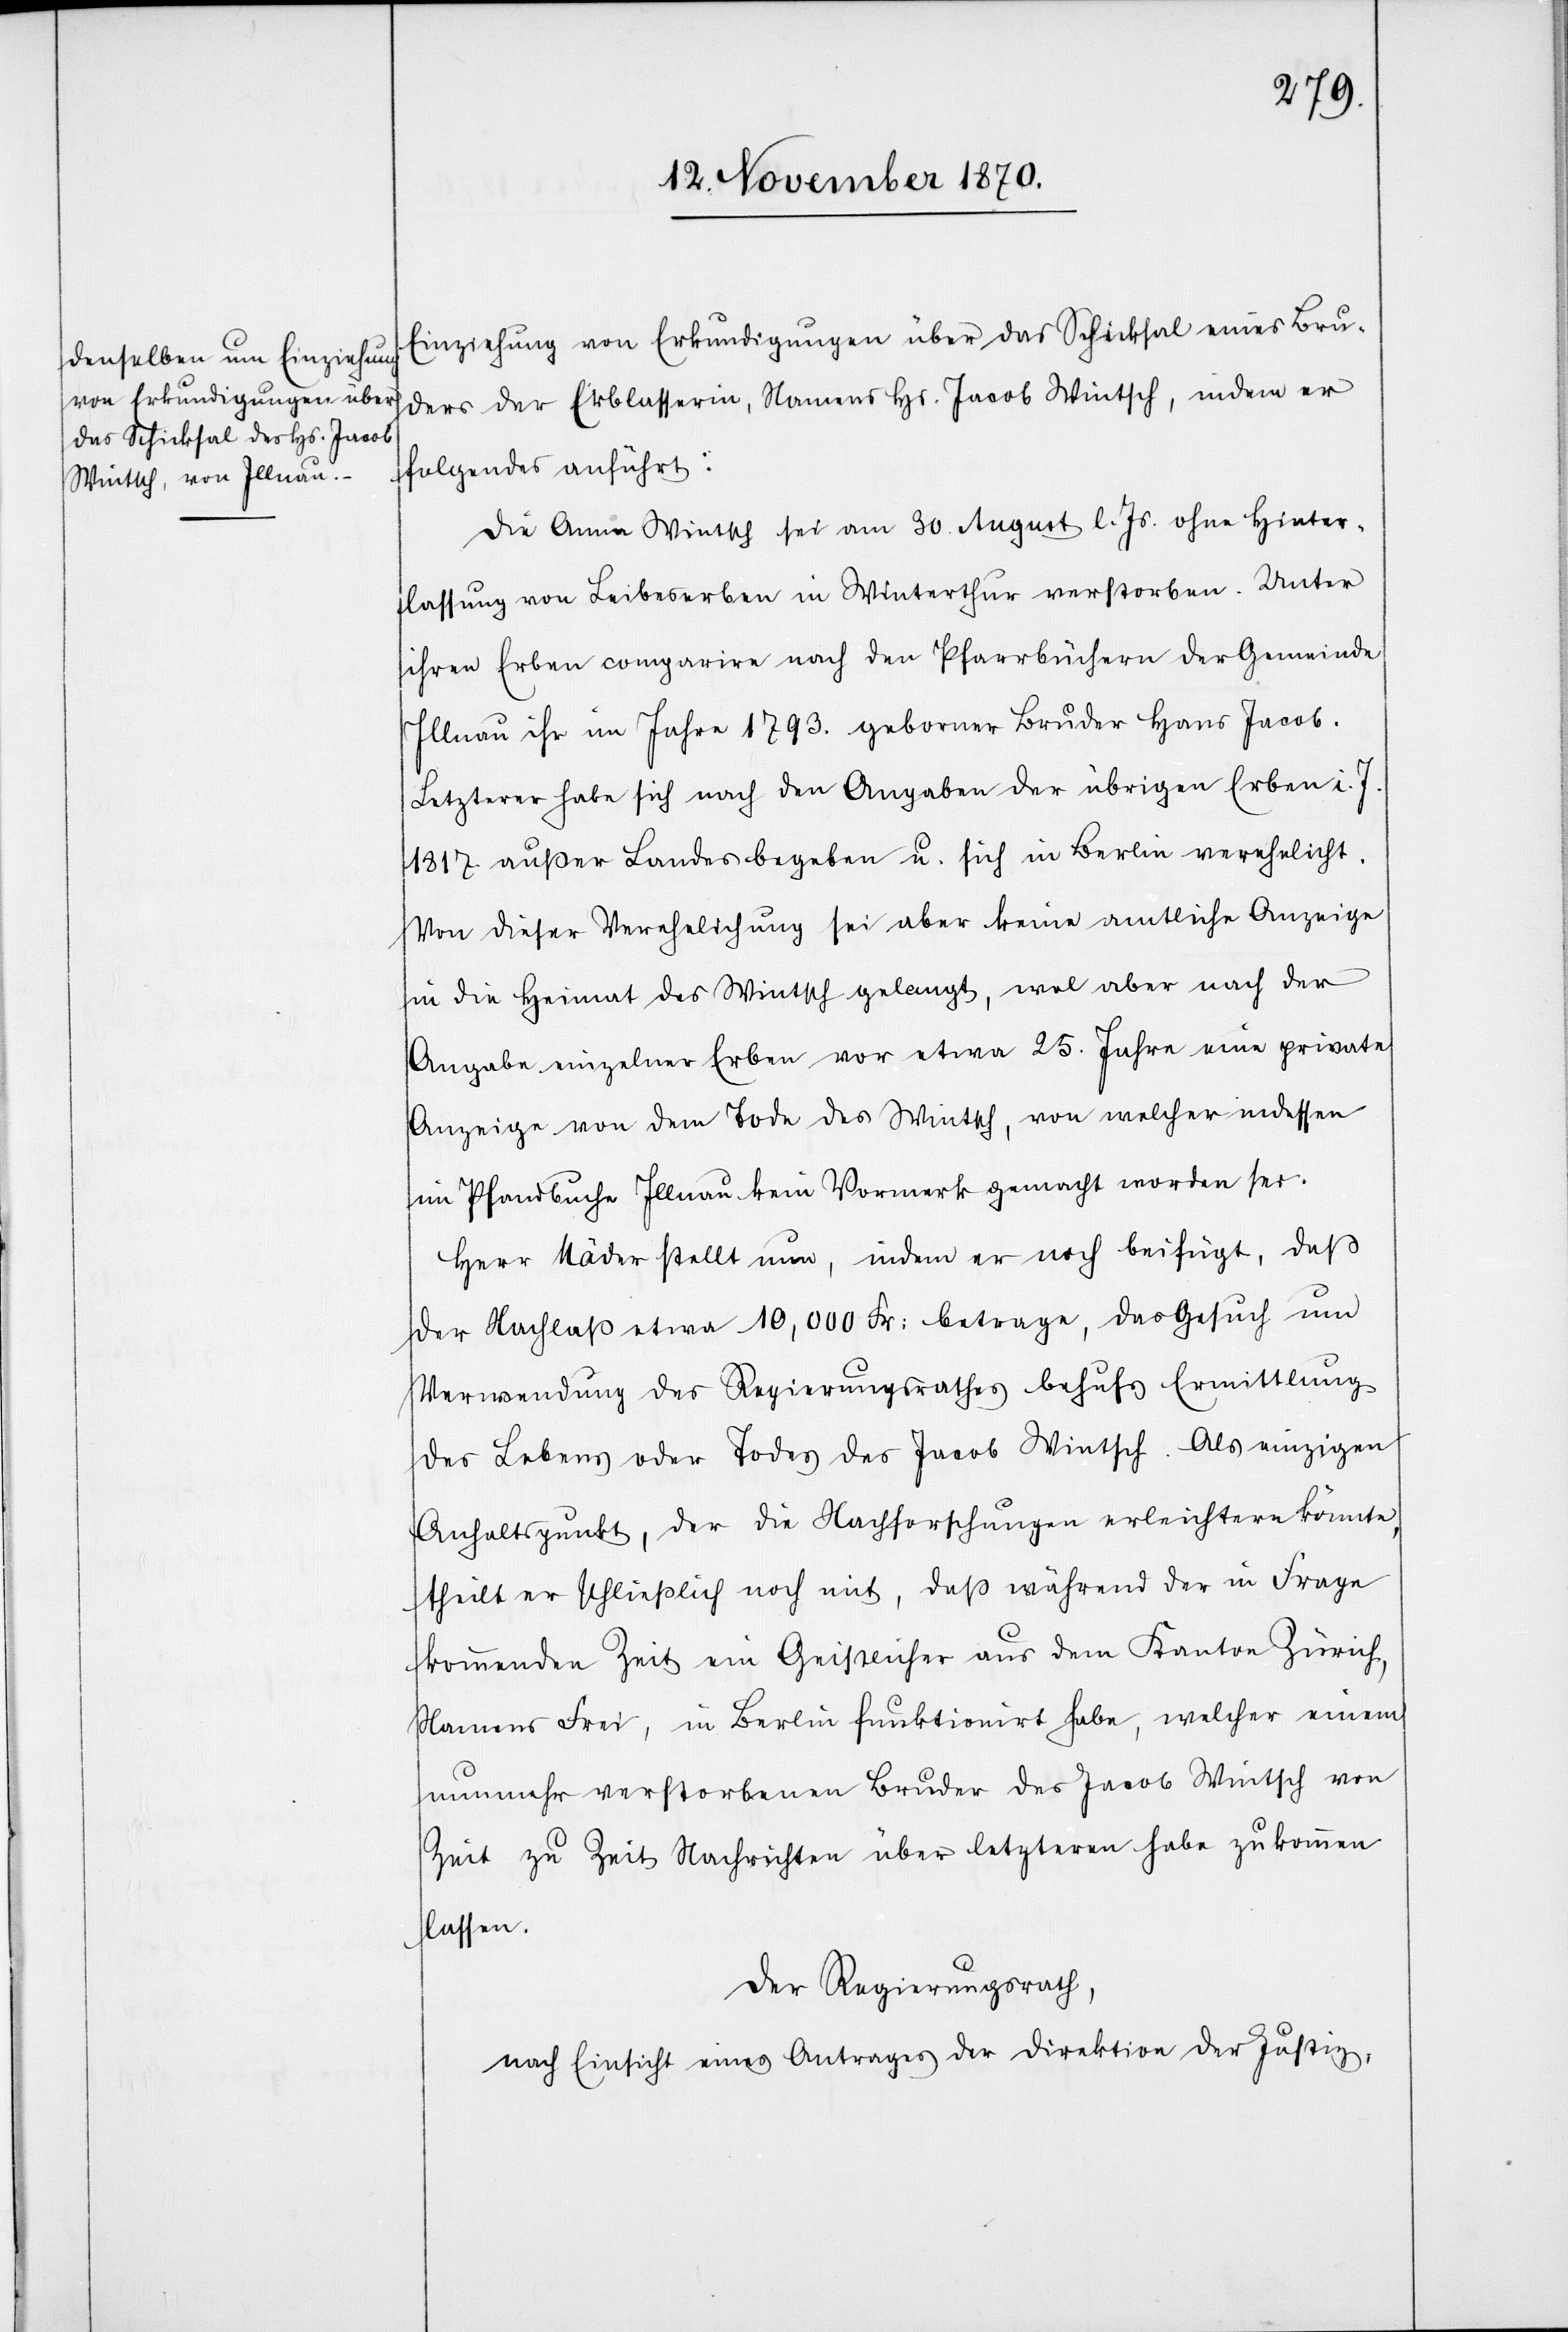
Einziehung von Erkundigungen über das Schicksal eines Bru¬
ders der Erblasserin, Namens Hs. Jacob Wintsch, indem er
folgendes anführt:
Die Anna Wintsch sei am 30. August l. Js. ohne Hinter¬
lassung von Leibeserben in Winterthur verstorben. Unter
ihren Erben comparire nach den Pfarrbüchern der Gemeinde
Illnau ihr im Jahre 1793. geborener Bruder Hans Jacob.
Letzter habe sich nach den Angaben der übrigen Erben i. J.
1817 außer Landes begeben u. sich in Berlin verehelicht.
Von dieser Verehelichung sei aber keine amtliche Anzeige
in die Heimat des Wintsch gelangt, wol aber nach der
Angabe einzelner Erben vor etwa 25. Jahren eine private
Anzeige von dem Tode des Wintsch, von welcher indessen
im Pfarrbuche Illnau kein Vormerk gemacht worden sei.
Herr Mäder stellt nun, indem er noch beifügt, daß
der Nachlaß etwa 10,000 Fr: betrage, das Gesuch um
Verwendung des Regierungsrathes behufs Ermittlung
des Lebens oder Todes des Jacob Wintsch. Als einzigen
Anhaltspunkt, der die Nachforschungen erleichtern könnte,
theilt er schließlich noch mit, daß während der in Frage
kommenden Zeit ein Geistlicher aus dem Kanton Zürich,
Namens Frei, in Berlin funktionirt habe, welcher einem
nunmehr verstorbenen Bruder des Jacob Wintsch von
Zeit zu Zeit Nachrichten über letzteren habe zukommen
lassen.
Der Regierungsrath,
nach Einsicht eines Antrages der Direktion der Justiz,